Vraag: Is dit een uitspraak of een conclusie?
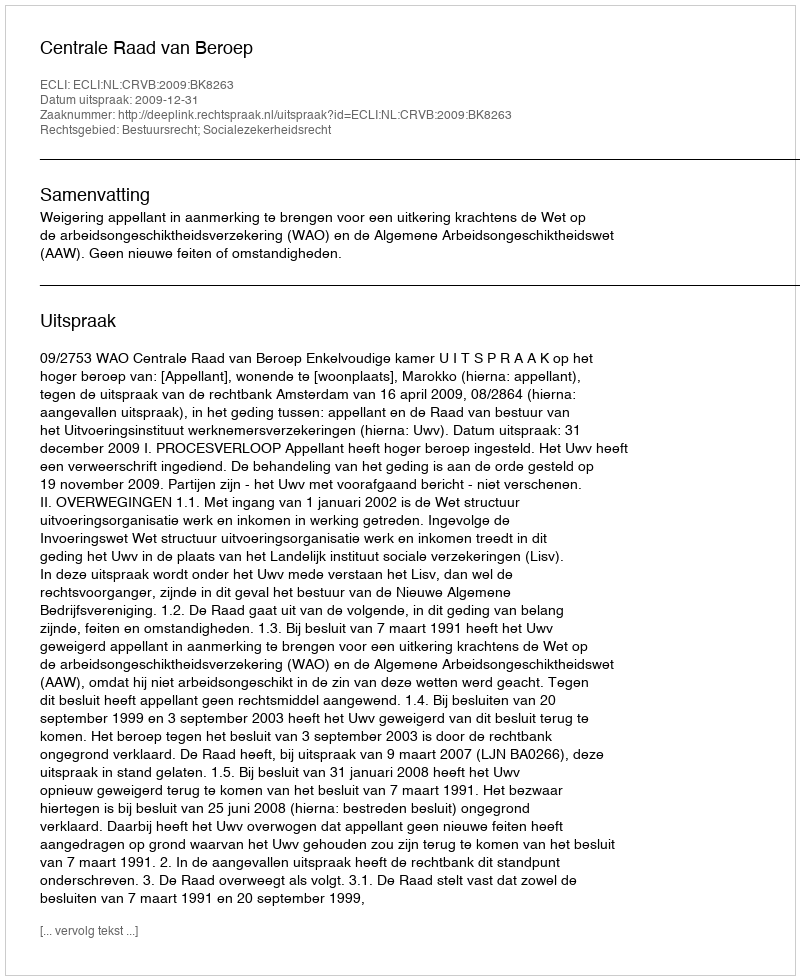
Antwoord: Uitspraak